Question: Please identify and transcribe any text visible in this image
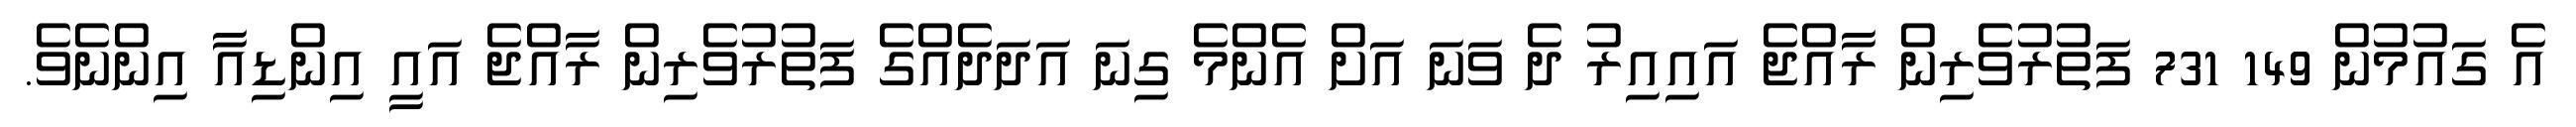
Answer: އެ ގައުމުން 149 731 ފަތުރުވެރިން ރާއްޖެ އައިއިރު ދެ ވަނަ އަށް އެންމެ ގިނަ އަދަދެއްގެ ފަތުރުވެރިން ރާއްޖެ އައީ އިންޑިއާ އިންނެވެ.